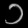
Digit: ၁